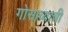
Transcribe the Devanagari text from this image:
गोसाव्याची